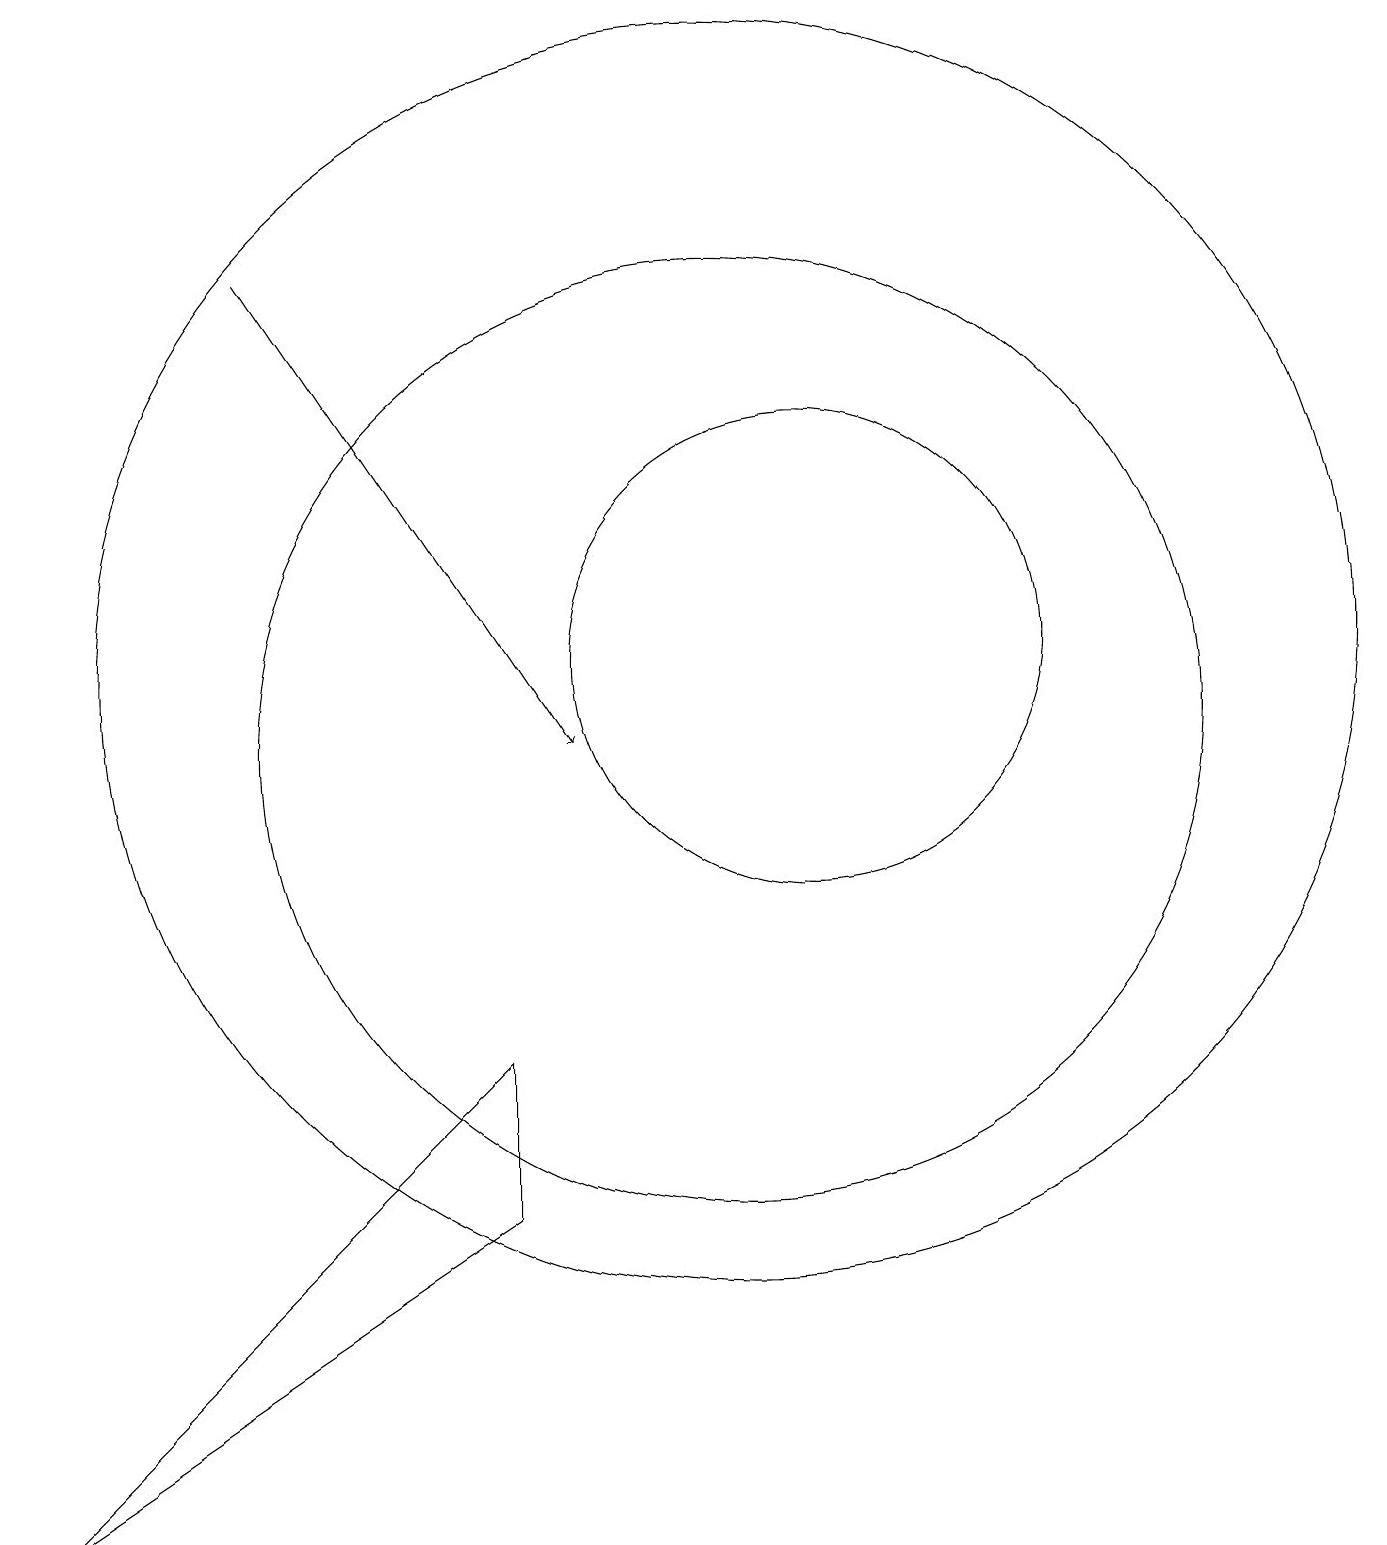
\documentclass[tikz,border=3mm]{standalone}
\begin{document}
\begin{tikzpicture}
\draw[->] (4,16) -- (8,10);
\draw (7,6) -- (7,4) -- (1,0) -- cycle;
\draw (10,11) circle (8);
\draw (10,10) circle (6);
\draw (11,11) circle (3);
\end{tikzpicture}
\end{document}